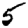
Digit: 5